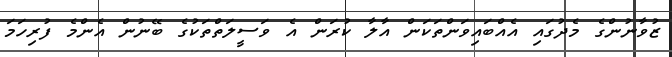
ޒުވާނުންގެ މެދުގައި އެއްބައިވަންތަކަން އާލާ ކުރަން އެ ވަސީލަތްތަކުގެ ބޭނުން އެންމެ ފުރިހަމަ